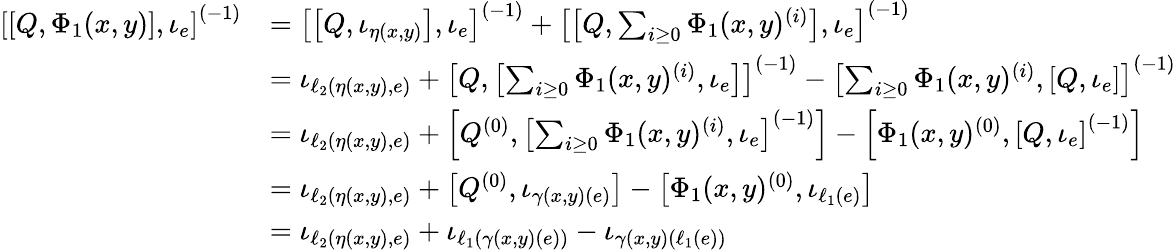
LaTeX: \begin{array}{rl}{\left[\left[Q,\Phi_{1}(x,y)\right],\iota_{e}\right]^{(-1)}}&{=\left[\left[Q,\iota_{\eta(x,y)}\right],\iota_{e}\right]^{(-1)}+\left[\left[Q,\sum_{i\geq 0}\Phi_{1}(x,y)^{(i)}\right],\iota_{e}\right]^{(-1)}}\\ &{=\iota_{\ell_{2}(\eta(x,y),e)}+\left[Q,\left[\sum_{i\geq 0}\Phi_{1}(x,y)^{(i)},\iota_{e}\right]\right]^{(-1)}-\left[\sum_{i\geq 0}\Phi_{1}(x,y)^{(i)},\left[Q,\iota_{e}\right]\right]^{(-1)}}\\ &{=\iota_{\ell_{2}(\eta(x,y),e)}+\left[Q^{(0)},\left[\sum_{i\geq 0}\Phi_{1}(x,y)^{(i)},\iota_{e}\right]^{(-1)}\right]-\left[\Phi_{1}(x,y)^{(0)},\left[Q,\iota_{e}\right]^{(-1)}\right]}\\ &{=\iota_{\ell_{2}(\eta(x,y),e)}+\left[Q^{(0)},\iota_{\gamma(x,y)(e)}\right]-\left[\Phi_{1}(x,y)^{(0)},\iota_{\ell_{1}(e)}\right]}\\ &{=\iota_{\ell_{2}(\eta(x,y),e)}+\iota_{\ell_{1}(\gamma(x,y)(e))}-\iota_{\gamma(x,y)(\ell_{1}(e))}}\end{array}